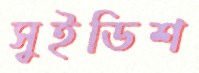
সুইডিশ